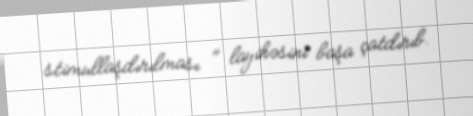
stimullaşdırılması " layihəsini başa çatdırıb.